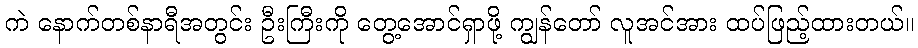
ကဲ နောက်တစ်နာရီအတွင်း ဦးကြီးကို တွေ့အောင်ရှာဖို့ ကျွန်တော် လူအင်အား ထပ်ဖြည့်ထားတယ်။